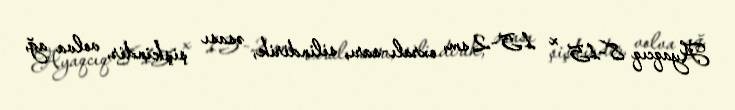
Ayaqcıq 8-15 x 1.5-2 sm, oxralı-sarı, silindirik, əsası şişkindir, volva ağ,